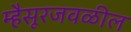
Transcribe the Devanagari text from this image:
म्हैसूरजवळील